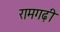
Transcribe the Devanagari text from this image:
रामगढ़ी